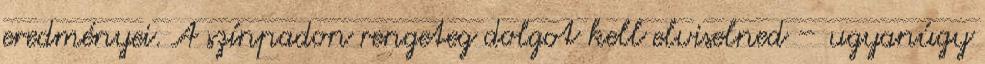
eredményei. A színpadon rengeteg dolgot kell elviselned – ugyanúgy